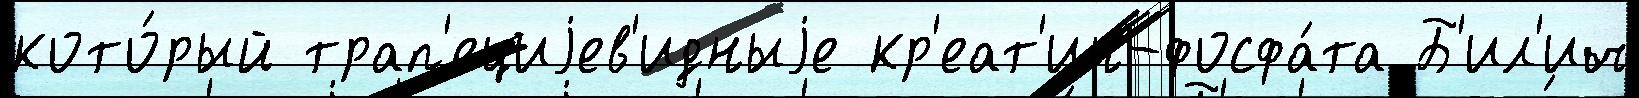
кото́рый трап'ециjев'идныjе кр'еат'ин-фосфа́та Б'ил'ич